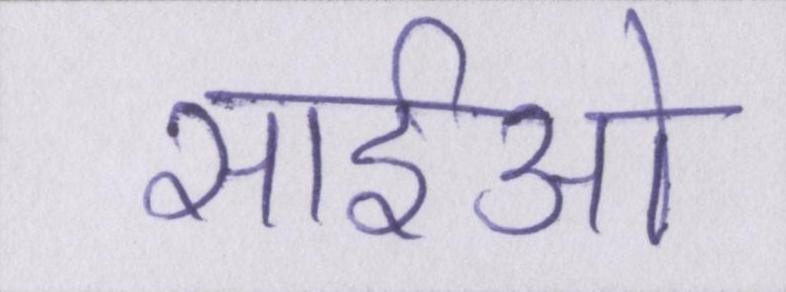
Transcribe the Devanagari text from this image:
सीईओ